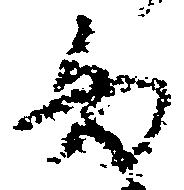
為